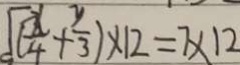
( \frac { x } { 4 } + \frac { y } { 3 } ) \times 1 2 = 7 \times 1 2